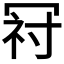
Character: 𭁺